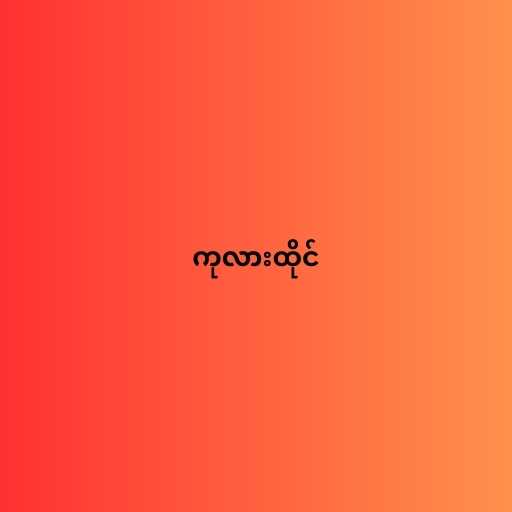
ကုလားထိုင်